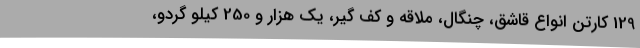
129 کارتن انواع قاشق، چنگال، ملاقه و کف گیر، یک هزار و 250 کیلو گردو،